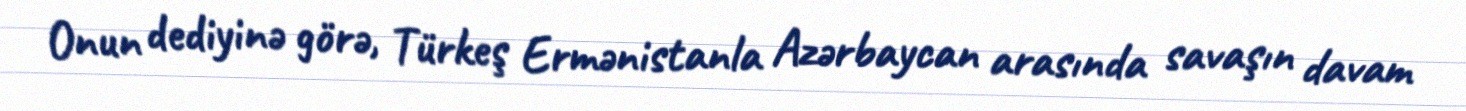
Onun dediyinə görə, Türkeş Ermənistanla Azərbaycan arasında savaşın davam